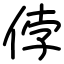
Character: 侼